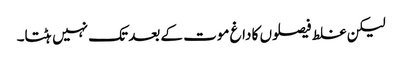
لیکن غلط فیصلوں کا داغ موت کے بعد تک نہیں ہٹتا۔